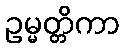
ဥမ္မတ္တိကာ